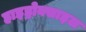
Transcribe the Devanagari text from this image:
हाइड्रोक्साइल